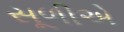
સૂળીએ